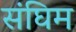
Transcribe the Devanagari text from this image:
संघिम